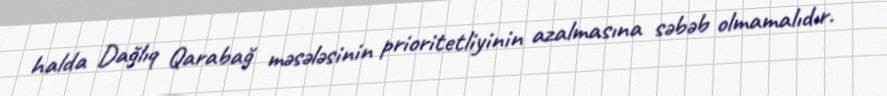
halda Dağlıq Qarabağ məsələsinin prioritetliyinin azalmasına səbəb olmamalıdır.